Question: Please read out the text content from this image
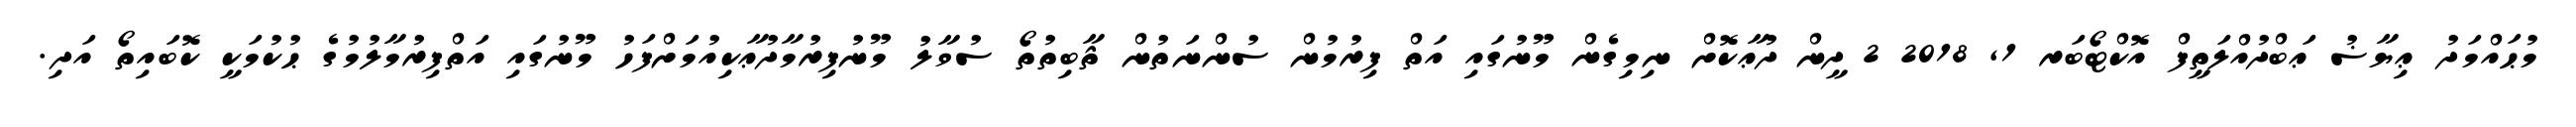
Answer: މުޙައްމަދު ޢިޔާޟު ޢަބްދުއްލަތީފް އޮކްޓޯބަރ 1, 2018 2 ދީން ދުޢާކޮށް ނިމިގެން މޫނުގައި އަތް ފިރުމުން ސުންނަތުން ޘާބިތުތޯ ސުވާލު މޫނުފިރުމާދުޢާކިއުމަށްފަހު މޫނުގައި އަތްފިރުމާލުމުގެ ޙުކުމަކީ ކޮބައިތޯ އަދި.